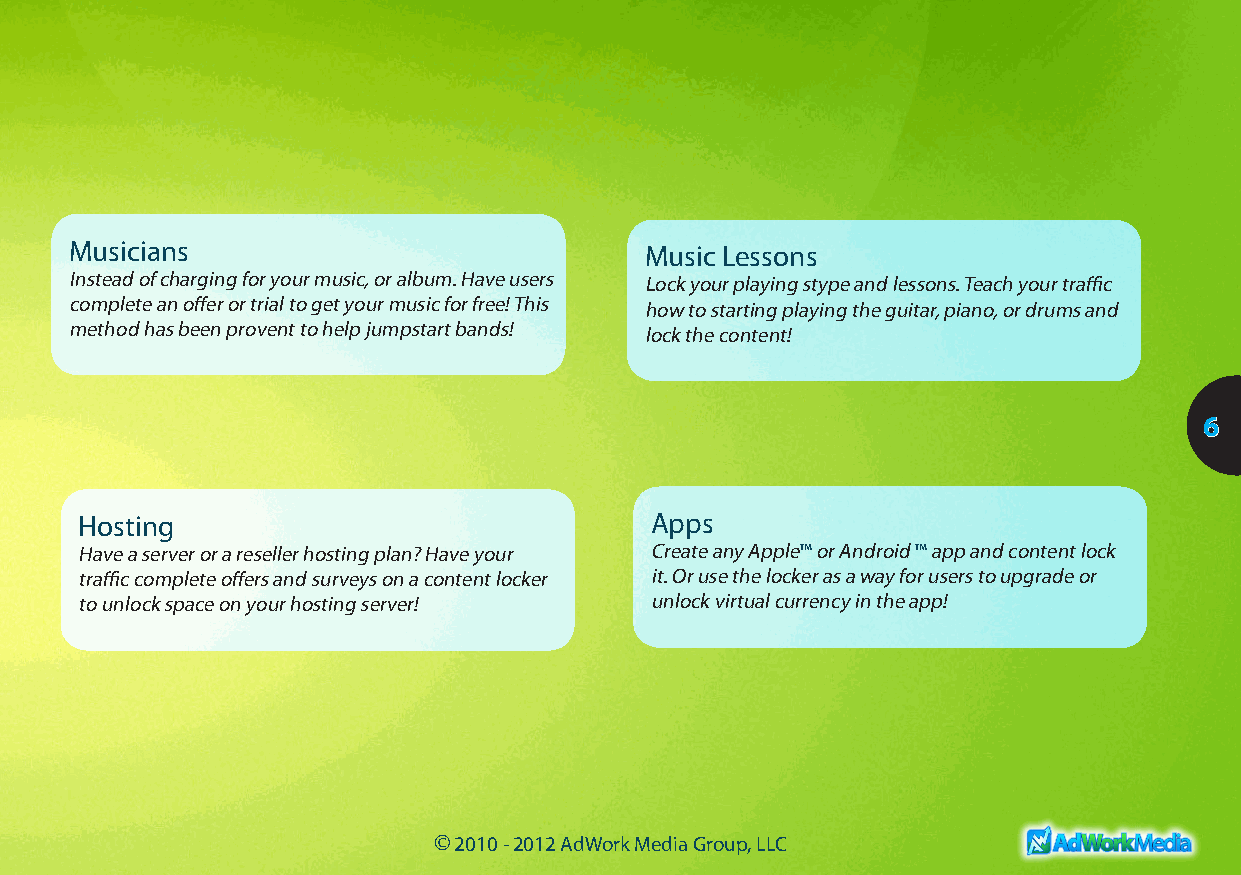
Musicians                             Music Lessons
 Instead of charging for your music, or album. Have users Lock your playing stype and lessons. Teach your traffic
 complete an offer or trial to get your music for free! This how to starting playing the guitar, piano, or drums and
 method has been provent to help jumpstart bands! lock the content!
 6
 Hosting                               Apps
 Have a server or a reseller hosting plan? Have your Create any Apple™ or Android ™ app and content lock
 traffic complete offers and surveys on a content locker it. Or use the locker as a way for users to upgrade or
 to unlock space on your hosting server! unlock virtual currency in the app!
 © 2010 - 2012 AdWork Media Group, LLC